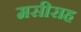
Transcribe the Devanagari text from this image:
मसीराह